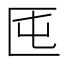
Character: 𠤲